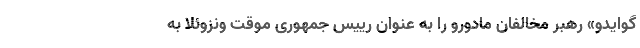
گوایدو» رهبر مخالفان مادورو را به عنوان رییس جمهوری موقت ونزوئلا به